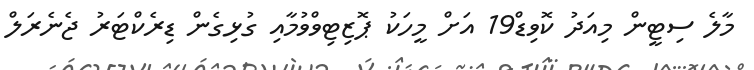
މާލެ ސިޓީން މިއަދު ކޮވިޑް19 އަށް މީހަކު ޕޮޒިޓިވްވުމާއި ގުޅިގެން ޑިރެކްޓަރު ޖެނެރަލް